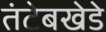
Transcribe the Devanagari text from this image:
तंटेबखेडे